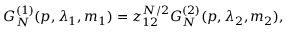
G _ { N } ^ { ( 1 ) } ( p , \lambda _ { 1 } , m _ { 1 } ) = z _ { 1 2 } ^ { N / 2 } G _ { N } ^ { ( 2 ) } ( p , \lambda _ { 2 } , m _ { 2 } ) ,